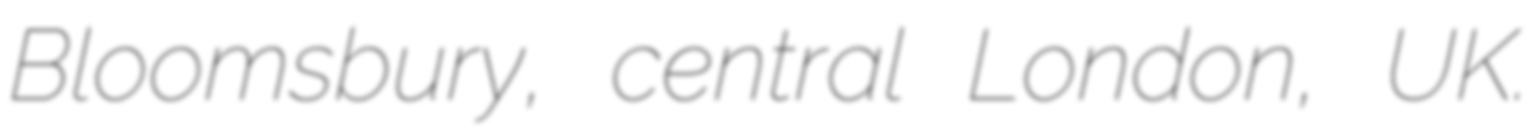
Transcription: Bloomsbury, central London, UK.